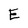
Character: E